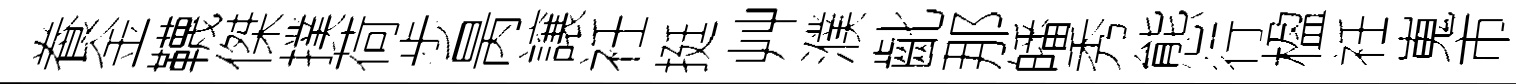
飬金韈傑撲荷歩昺譲衽挺艸濮齔那皤秀態行楹衽嵬市